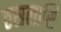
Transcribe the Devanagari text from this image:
ठसलासि